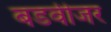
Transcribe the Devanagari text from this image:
बडवीजर